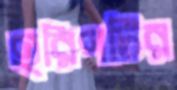
হরিণটির